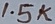
Text: 1.5K